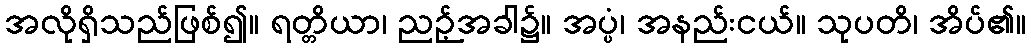
အလိုရှိသည်ဖြစ်၍။ ရတ္တိယာ၊ ညဉ့်အခါ၌။ အပ္ပံ၊ အနည်းငယ်။ သုပတိ၊ အိပ်၏။